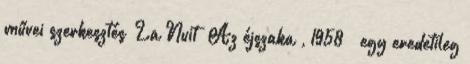
művei szerkesztés La Nuit „Az éjszaka”, 1958 – egy eredetileg